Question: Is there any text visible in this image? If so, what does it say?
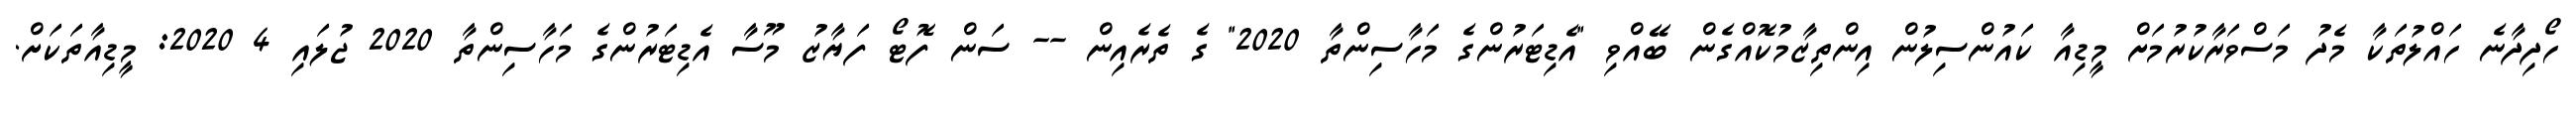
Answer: ހޯދިދާނެ ހައްލުތަކާ މެދު މަސްވަރާކުރުމަށް މީޑިއާ ކައުންސިލުން އިންތިޒާމުކޮއްގެން ބޭއްވި "އެޑިޓަރުންގެ މަހާސިންތާ 2020" ގެ ތެރެއިން -- ސަން ފޮޓޯ ފަޔާޒު މޫސާ އެޑިޓަރުންގެ މަހާސިންތާ 2020 ޖުލައި 4 2020: މީޑިއާތަކަށް.